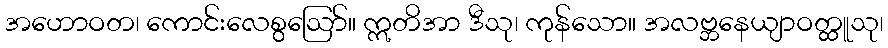
အဟောဝတ၊ ကောင်းလေစွဩော်။ ဣတိအာ ဒီသု၊ ကုန်သော။ အလဗ္ဘနေယျာဝတ္ထူသု၊